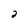
Character: 2